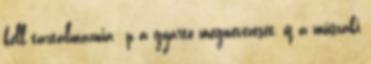
kell tartalmaznia: p a gyártó megnevezését, q a mûszaki